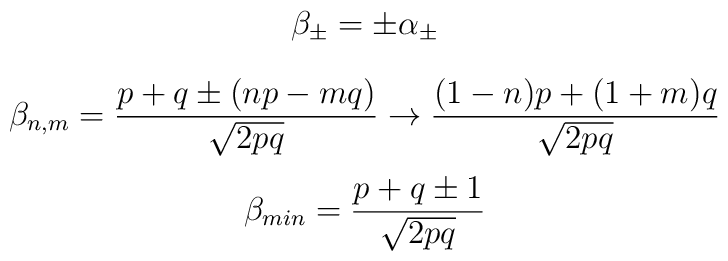
\beta_{\pm} = \pm\alpha_{\pm}$$$$\beta_{n,m} ={p+q \pm (np-mq) \over \sqrt{2pq} } \rightarrow {(1-n)p + (1+m)q\over \sqrt{2pq} }$$$$\beta _{min} = {p+q \pm 1 \over \sqrt{2pq} }